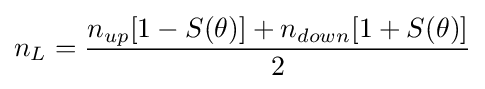
n_{L}={\frac {n_{up}[1-S(\theta )]+n_{down}[1+S(\theta )]}{2}}